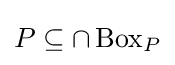
P\subseteq \cap \operatorname {Box} _{P}